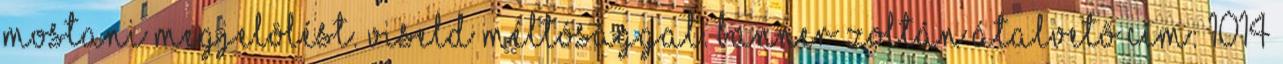
mostani megjelölést. Viseld méltósággal. Banner Zoltán Átalvetõ Cím: 1014